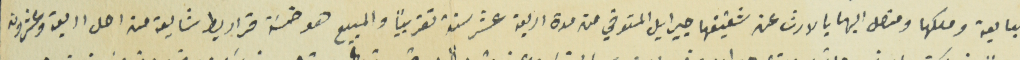
للبايعة وملكها ومتصل اليها بالارث عن شقيقها جبرايل المتوفي من مدة اربعة عشر سنة تقريباُ والمبيع هو خمسَة قراريط شايعة من اصل اربعة وعشرون